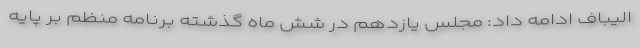
الیباف ادامه داد: مجلس یازدهم در شش ماه گذشته برنامه منظم بر پایه